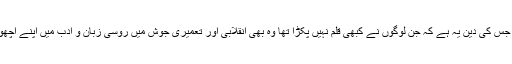
پرولتاری تہذیب (پرولت کلت) کا غلغلہ بلند رہا جس کی دین یہ ہے کہ جن لوگوں نے کبھی قلم نہیں پکڑا تھا وہ بھی انقلابی اور تعمیری جوش میں روسی زبان و ادب میں اپنے اچھوتے مشاہدات اور اپنی دیسی بیان لے کر آ گئے۔